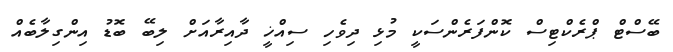
ބޭސްޓް ޕްރެކްޓިސް ކޮންފަރެންސަކީ މުޅި ދިވެހި ސިއްޚީ ދާއިރާއަށް ލިބޭ ބޮޑު އިންގިލާބެއް